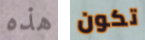
هذه تكون